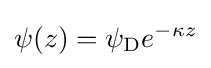
\psi (z)=\psi _{\rm {D}}e^{-\kappa z}